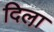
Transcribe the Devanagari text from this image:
दिला़